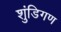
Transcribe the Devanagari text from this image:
शुंडिगण